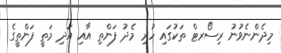
މިދެންނެވުނު ރިސޯރޓް ތަކުގައި ހުރި މެދު ފަންތި އާއި އަދި މަތީ ފަންތީގެ